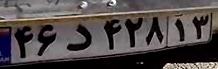
۴۶د۴۲۸۱۳